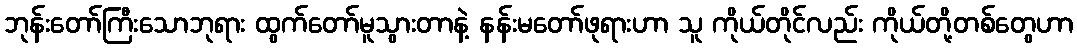
ဘုန်းတော်ကြီးသောဘုရား ထွက်တော်မူသွားတာနဲ့ နန်းမတော်ဖုရားဟာ သူ ကိုယ်တိုင်လည်း ကိုယ်တို့တစ်တွေဟာ